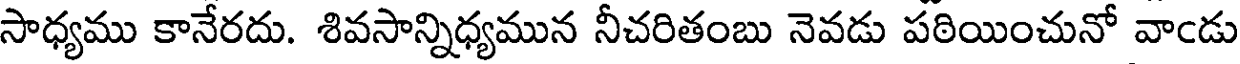
సాధ్యము కానేరదు. శివసాన్నిధ్యమున నీచరితంబు నెవడు పఠియించునో వాండు